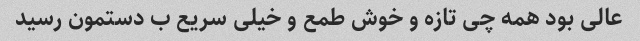
عالی بود همه چی تازه و خوش طمع و خیلی سریع ب دستمون رسید